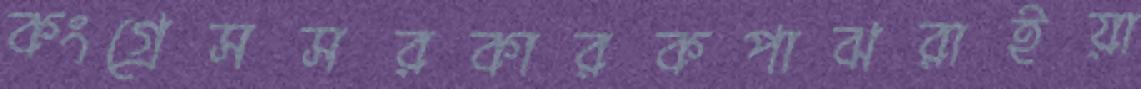
কংগ্রেসসরকারকপাঝরাইয়া